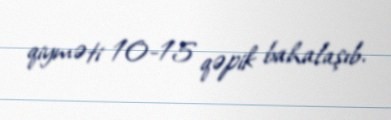
qiyməti 10-15 qəpik bahalaşıb.